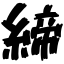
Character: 締